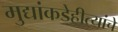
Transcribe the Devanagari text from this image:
मुद्यांकडेहीत्यांचे